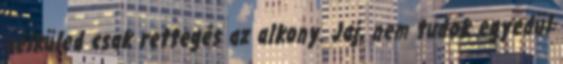
nélküled csak rettegés az alkony. Jaj, nem tudok egyedül